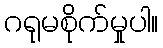
ဂရုမစိုက်မှုပါ။